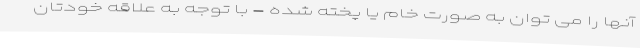
آنها را می توان به صورت خام یا پخته شده - با توجه به علاقه خودتان